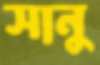
সানু